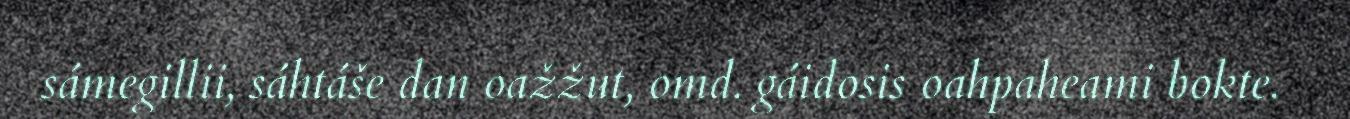
sámegillii, sáhtáše dan oažžut, omd. gáidosis oahpaheami bokte.